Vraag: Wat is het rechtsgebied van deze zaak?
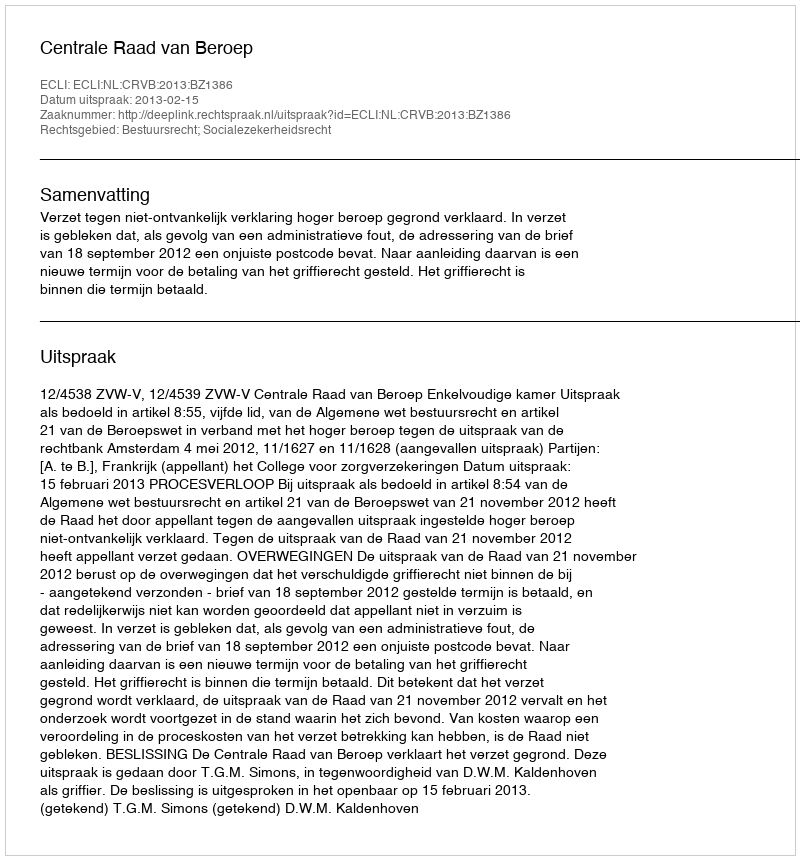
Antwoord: Bestuursrecht; Socialezekerheidsrecht